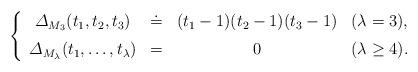
LaTeX: \begin{align*}\left\{\begin{array}{cccl}{\mit \Delta}_{M_3}(t_1, t_2, t_3) & \doteq & (t_1-1)(t_2-1)(t_3-1) & (\lambda=3),\medskip\\{\mit \Delta}_{M_{\lambda}}(t_1, \ldots, t_{\lambda}) & = & 0 &(\lambda \ge 4).\end{array}\right.\end{align*}